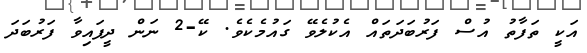
އަކީ ތަފާތު އުސް ފަރުބަދަތައް އެކުލެވޭ ގައުމެކެވެ. ކޭ-2 ނަން ދީފައިވާ ފަރުބަދަ